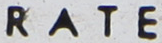
RATE